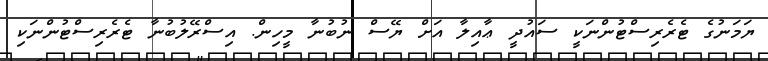
ޔަމަނުގެ ޓެރެރިސްޓުންނަކީ ސައުދީ ޢާއިލާ އަށް ޔޭސް ނުބުނާ މީހިން. އިސްރޭލުބުނާ ޓެރެރިސްޓުންނަކި